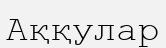
Аққулар